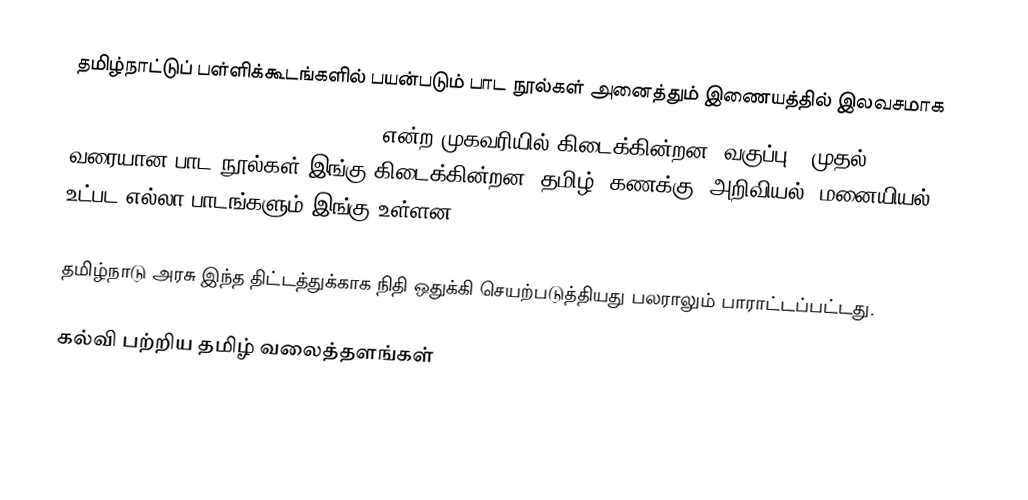
தமிழ்நாட்டுப் பள்ளிக்கூடங்களில் பயன்படும் பாட நூல்கள் அனைத்தும் இணையத்தில் இலவசமாக
http://www.textbooksonline.tn.nic.in/  என்ற முகவரியில் கிடைக்கின்றன.  வகுப்பு 1 முதல் 12 வரையான பாட நூல்கள் இங்கு கிடைக்கின்றன.  தமிழ், கணக்கு, அறிவியல், மனையியல் உட்பட எல்லா பாடங்களும் இங்கு உள்ளன.

தமிழ்நாடு அரசு இந்த திட்டத்துக்காக நிதி ஒதுக்கி செயற்படுத்தியது பலராலும் பாராட்டப்பட்டது.

கல்வி பற்றிய தமிழ் வலைத்தளங்கள்